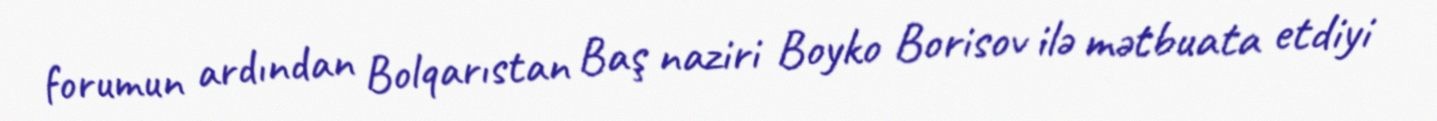
forumun ardından Bolqarıstan Baş naziri Boyko Borisov ilə mətbuata etdiyi